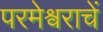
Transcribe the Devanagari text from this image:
परमेश्वराचें